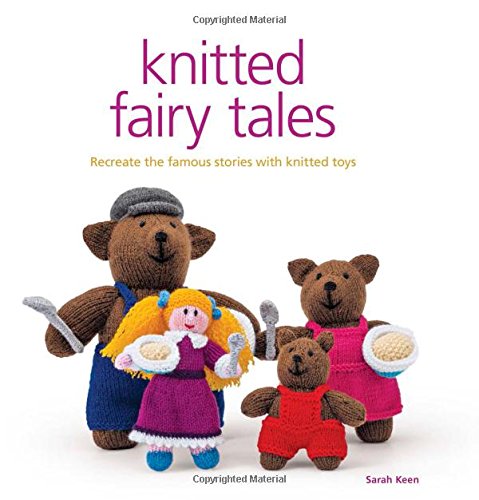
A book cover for Knitted Fairy Tales: Retell the Famous Fables with Kntted Toys; Sarah Keen; Crafts, Hobbies & Home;